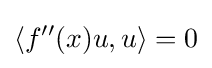
\langle f''(x)u,u\rangle =0